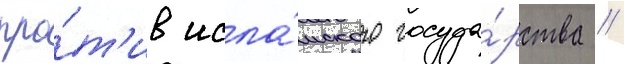
про́т'ив исла́мского госуда́рства //